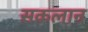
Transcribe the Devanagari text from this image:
सकलान